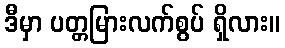
ဒီမှာ ပတ္တမြားလက်စွပ် ရှိလား။